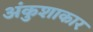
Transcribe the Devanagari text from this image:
अंकुशाकार